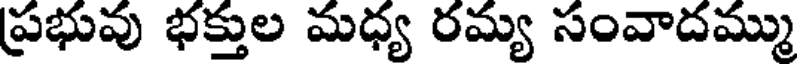
ప్రభువు భక్తుల మధ్య రమ్య సంవాదమ్ము